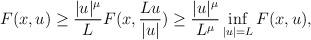
LaTeX: \begin{align*}F(x,u)\geq \frac{|u|^{\mu}}{L}F(x,\frac{L u}{|u|})\geq \frac{|u|^{\mu}}{L^{\mu}}\inf\limits_{|u|=L}F(x,u),\end{align*}